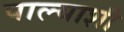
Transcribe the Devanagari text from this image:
पाल्याशी